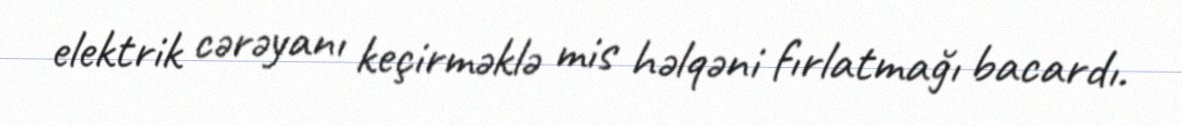
elektrik cərəyanı keçirməklə mis həlqəni fırlatmağı bacardı.